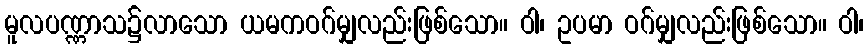
မူလပဏ္ဏာသ၌လာသော ယမကဝဂ်မျှလည်းဖြစ်သော။ ဝါ၊ ဥပမာ ဝဂ်မျှလည်းဖြစ်သော။ ဝါ၊